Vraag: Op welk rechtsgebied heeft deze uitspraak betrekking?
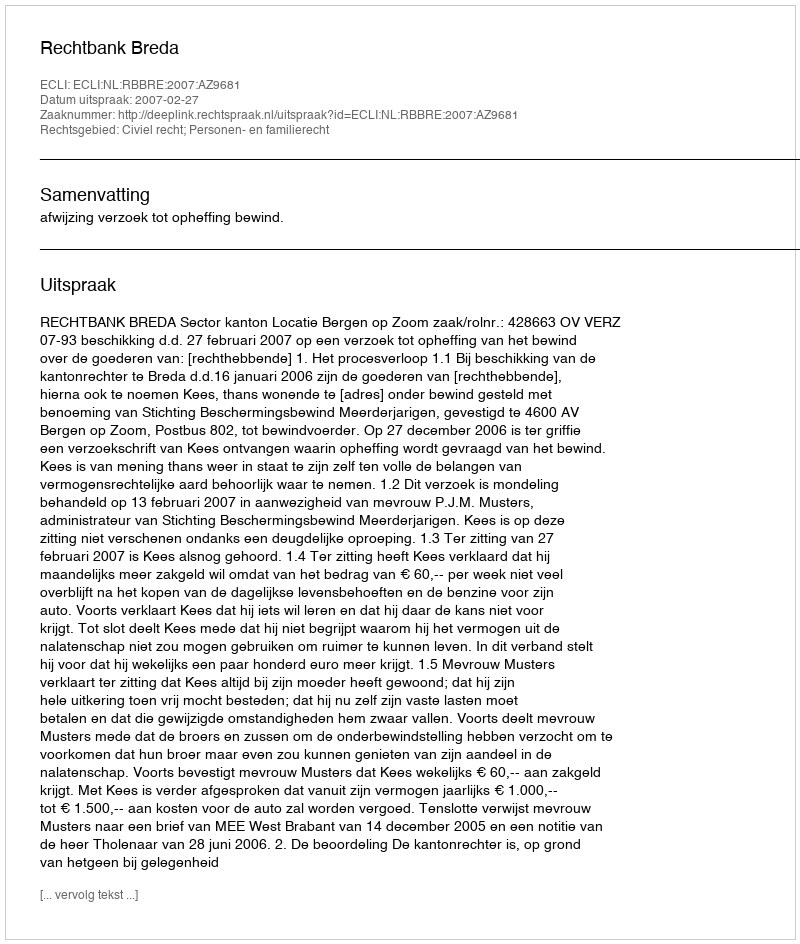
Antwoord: Civiel recht; Personen- en familierecht